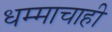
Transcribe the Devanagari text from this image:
धम्माचाही